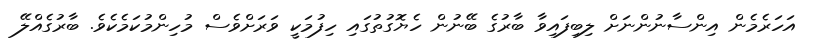
އަހަރެމެން އިންސާނުންނަށް ލިބިފައިވާ ބާރުގެ ބޭނުން ހެޔޮގުތުގައި ހިފުމަކީ ވަރަށްވެސް މުހިންމުކަމެކެވެ. ބާރުގެއްލޭ